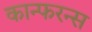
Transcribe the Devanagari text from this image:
कान्फरन्स